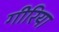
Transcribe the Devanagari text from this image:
गीरिया